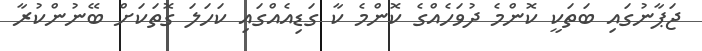
ޖަޕާނުގައި ބަތަަކީ ކޮންމެ ދުވަހެއްގެ ކޮންމެ ކާ ގަޑިއެއްގައި ކަހަލަ ގޮތަކަށް ބޭނުންކުރާ